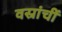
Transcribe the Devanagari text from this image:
वस्रांचीं